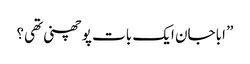
” اباجان ایک بات پوچھنی تھی؟